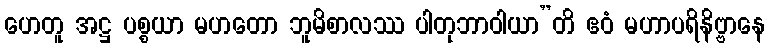
ဟေတူ အဋ္ဌ ပစ္စယာ မဟတော ဘူမိစာလဿ ပါတုဘာဝါယာ”တိ ဧဝံ မဟာပရိနိဗ္ဗာနေ